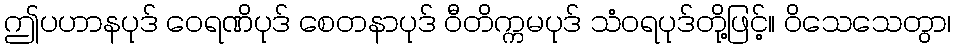
ဤပဟာနပုဒ် ဝေရဏိပုဒ် စေတနာပုဒ် ဝီတိက္ကမပုဒ် သံဝရပုဒ်တို့ဖြင့်။ ဝိသေသေတွာ၊